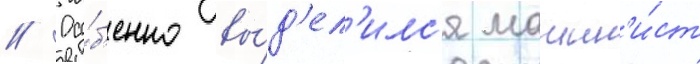
// Осо́б'енно вы́д'ел'илс'я машин'и́ст